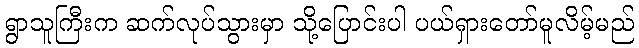
ရွာသူကြီးက ဆက်လုပ်သွားမှာ သို့ပြောင်းပါ ပယ်ရှားတော်မူလိမ့်မည်